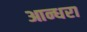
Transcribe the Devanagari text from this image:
आन्धरा